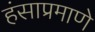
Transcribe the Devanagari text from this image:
हंसाप्रमाणे